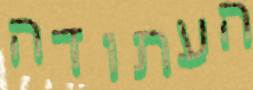
העתודה